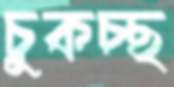
চুকচ্ছ